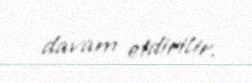
davam etdirilir.